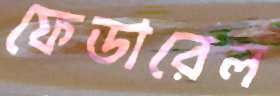
ফেডারেল